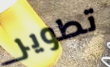
تطوير